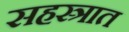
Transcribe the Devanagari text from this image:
सहस्त्रात